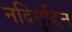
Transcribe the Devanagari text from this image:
नदिमुद्दिन